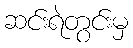
ဆင်းရဲတွင်းမှ